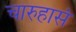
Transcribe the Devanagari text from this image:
चारुहासं